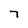
Character: 7